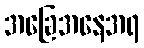
အခြေအနေအရ